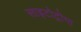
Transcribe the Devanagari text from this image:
साइटोट्रोगा